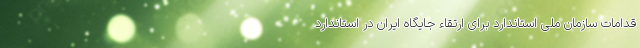
قدامات سازمان ملی استاندارد برای ارتقاء جایگاه ایران در استاندارد